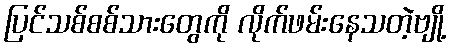
ပြင်သစ်စစ်သားတွေကို လိုက်ဖမ်းနေသတဲ့ဗျို့